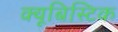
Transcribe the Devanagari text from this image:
क्यूबिस्टिक